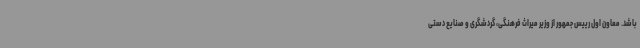
باشد. معاون اول رییس جمهور از وزیر میراث فرهنگی، گردشگری و صنایع دستی